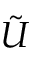
\tilde { U }